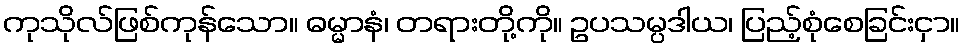
ကုသိုလ်ဖြစ်ကုန်သော။ ဓမ္မာနံ၊ တရားတို့ကို။ ဥပသမ္ပဒါယ၊ ပြည့်စုံစေခြင်းငှာ။